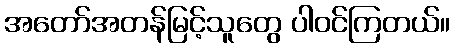
အတော်အတန်မြင့်သူတွေ ပါဝင်ကြတယ်။